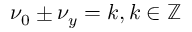
\nu _ { 0 } \pm \nu _ { y } = k , k \in \mathbb { Z }